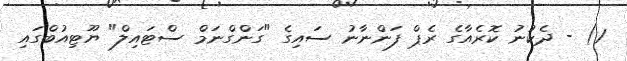
1) - ދެކުނު ކޮރެއާގެ ރެޕް ފަންނާނު ސައިގެ "ގަންގްނަމް ސްޓައިލް" ޔޫޓިއުބްގައި